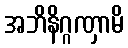
အဘိနိဂ္ဂဏှာမိ